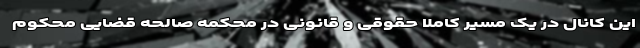
این کانال در یک مسیر کاملا حقوقی و قانونی در محکمه صالحه قضایی محکوم